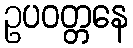
ဥပဝတ္တနေ